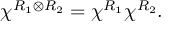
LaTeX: \chi ^ { R _ { 1 } \otimes R _ { 2 } } = \chi ^ { R _ { 1 } } \chi ^ { R _ { 2 } } .